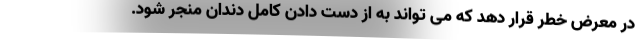
در معرض خطر قرار دهد که می تواند به از دست دادن کامل دندان منجر شود.